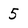
Character: 5